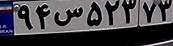
۹۴س۵۲۳۷۳